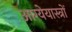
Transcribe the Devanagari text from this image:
आग्येयास्त्रों